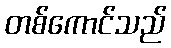
တစ်ကောင်သည်